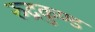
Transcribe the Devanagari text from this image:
रुद्रकुण्ड